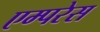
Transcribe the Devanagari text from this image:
एम्परेस